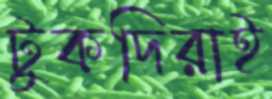
টুকদিরাই